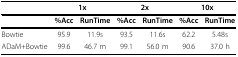
|  | <COLSPAN=2> 1x | <COLSPAN=2> 2x | <COLSPAN=2> 10x |
 | --- | --- | --- | --- | --- | --- | --- |
 |  | %Acc | RunTime | %Acc | RunTime | %Acc | RunTime |
 | Bowtie | 95.9 | 11.9s | 93.5 | 11.6s | 62.2 | 5.48s |
 | ADaM+Bowtie | 99.6 | 46.7 m | 99.1 | 56.0 m | 90.6 | 37.0 h |